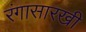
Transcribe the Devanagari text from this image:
रंगासारखी